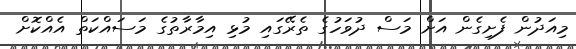
މިއަދުން ފެށިގެން އަށް މަސް ދުވަހުގެ ތެރޭގައި މުޅި އިމާރާތުގެ މަސައްކަތް އެއްކޮށް